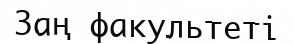
Заң факультеті